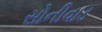
સોનીવાડ